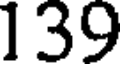
139